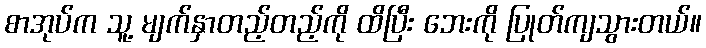
စာအုပ်က သူ့ မျက်နှာတည့်တည့်ကို ထိပြီး ဘေးကို ပြုတ်ကျသွားတယ်။